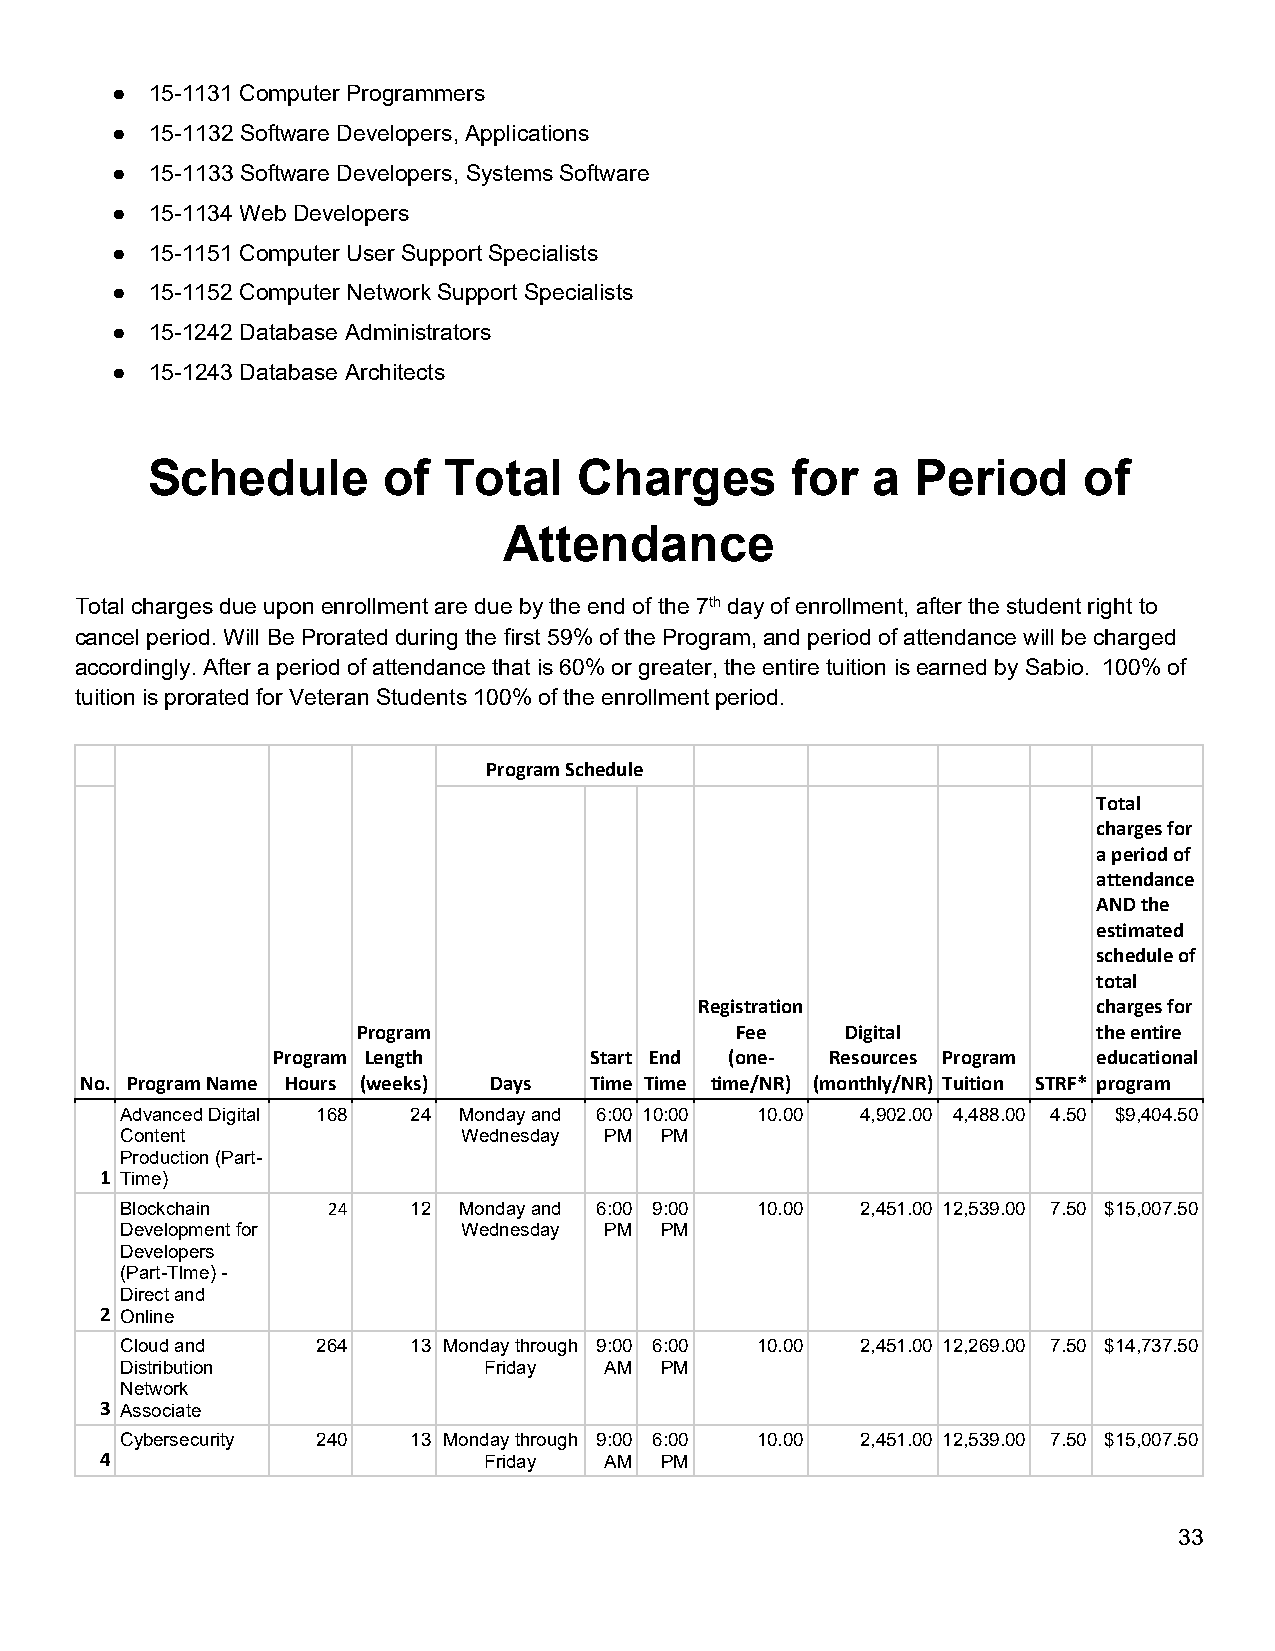
●  15-1131 Computer Programmers
 ●  15-1132 Software Developers, Applications
 ●  15-1133 Software Developers, Systems Software
 ●  15-1134 Web Developers
 ●  15-1151 Computer User Support Specialists
 ●  15-1152 Computer Network Support Specialists
 ●  15-1242 Database Administrators
 ●  15-1243 Database Architects
 Schedule       of  Total    Charges       for   a  Period     of
 Attendance
 Total charges due upon enrollment are due by the end of the 7th day of enrollment, after the student right to
 cancel period. Will Be Prorated during the first 59% of the Program, and period of attendance will be charged
 accordingly. After a period of attendance that is 60% or greater, the entire tuition is earned by Sabio. 100% of
 tuition is prorated for Veteran Students 100% of the enrollment period.
 Program Schedule
 Total
 charges for
 a period of
 attendance
 AND the
 estimated
 schedule of
 total
 Registration               charges for
 Program                  Fee    Digital          the entire
 Program Length       Start End (one‐ Resources Program educational
 No. Program Name Hours (weeks) Days Time Time time/NR) (monthly/NR) Tuition STRF* program
 Advanced Digital 168 24 Monday and 6:00 10:00 10.00 4,902.00 4,488.00 4.50 $9,404.50
 Content                Wednesday PM PM
 Production (Part-
 1 Time)
 Blockchain    24   12 Monday and 6:00 9:00 10.00 2,451.00 12,539.00 7.50 $15,007.50
 Development for        Wednesday PM PM
 Developers
 (Part-TIme) -
 Direct and
 2 Online
 Cloud and    264   13 Monday through 9:00 6:00 10.00 2,451.00 12,269.00 7.50 $14,737.50
 Distribution            Friday  AM  PM
 Network
 3 Associate
 Cybersecurity 240  13 Monday through 9:00 6:00 10.00 2,451.00 12,539.00 7.50 $15,007.50
 4                        Friday  AM  PM
 33